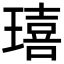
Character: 𤩠